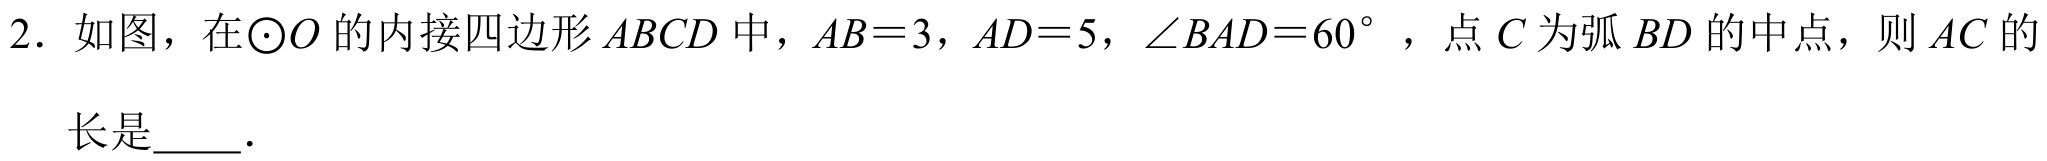
2. 如图，在$\odot O$的内接四边形$ABCD$中，$AB = 3$，$AD = 5$，$\angle BAD = 60^{\circ}$，点$C$为弧$BD$的中点，则$AC$的
长是  ．